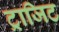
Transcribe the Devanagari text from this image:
ट्राजिट